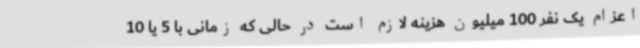
اعزام یک نفر 100 میلیون هزینه لازم است در حالی که زمانی با 5 یا 10